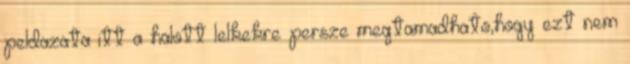
peldazata itt a halott lelkekre persze megtamadhato,hogy ezt nem